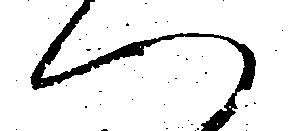
へ